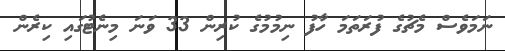
ނަމަވެސް މެޗުގެ ފުރަތަމަ ހާފު ނިމުމުގެ ކުރިން 33 ވަނަ މިނެޓުގައި ކިރެން